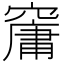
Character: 𥧱